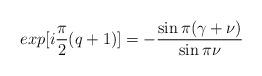
LaTeX: \begin{align*}exp[i\frac{\pi}{2}(q+1)]=-\frac{\sin\pi(\gamma+\nu)}{\sin\pi\nu}\end{align*}